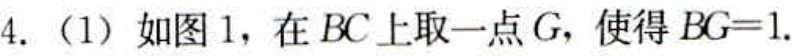
4.（1）如图1，在\(BC\)上取一点\(G\)，使得\(BG = 1\).